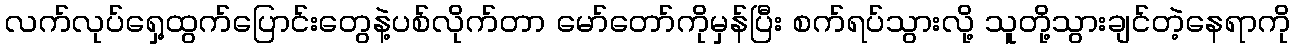
လက်လုပ်ရှေ့ထွက်ပြောင်းတွေနဲ့ပစ်လိုက်တာ မော်တော်ကိုမှန်ပြီး စက်ရပ်သွားလို့ သူတို့သွားချင်တဲ့နေရာကို